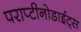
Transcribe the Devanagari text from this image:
पराप्टीनोडाईट्स